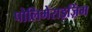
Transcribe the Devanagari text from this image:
पोलिमेराइज़िंग